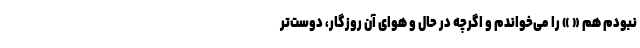
نبودم هم « » را می‌خواندم و اگرچه در حال و هوای آن روزگار، دوست‌تر